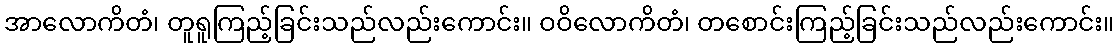
အာလောကိတံ၊ တူရူကြည့်ခြင်းသည်လည်းကောင်း။ ဝဝိလောကိတံ၊ တစောင်းကြည့်ခြင်းသည်လည်းကောင်း။